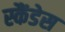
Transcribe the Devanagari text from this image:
स्कैंडेस